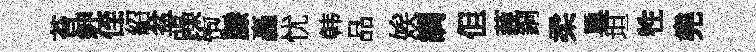
苔紳侄紹盆躁饱縢轟忧韩品娭調但藐銅柔巢坦牲堯